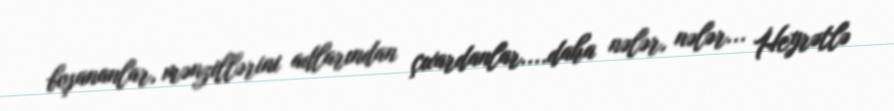
boşananlar, mənzillərini adlarından çıxardanlar....daha nələr, nələr... Heyrətlə